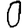
Digit: 0